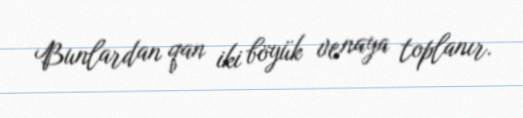
Bunlardan qan iki böyük venaya toplanır.